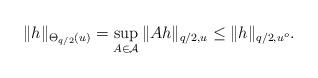
LaTeX: \begin{align*}\|h\|_{\Theta_{q/2}(u)}=\sup_{A\in\mathcal{A}}\|Ah\|_{q/2,u}\le\|h\|_{q/2,u^o}.\end{align*}